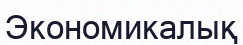
Экономикалық